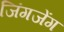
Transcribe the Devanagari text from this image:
जिंगजेंग